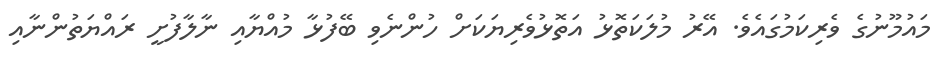
މައުމޫނުގެ ވެރިކަމުގައެވެ. އޭރު މުލަކަތޮޅު އަތޮޅުވެރިޔަކަށް ހުންނެވި ބޭފުޅާ މުއްޔާއި ނާލާފުށީ ރައްޔަތުންނާއި